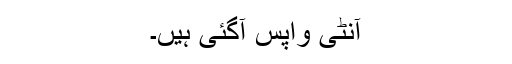
آنٹی واپس آگئی ہیں۔